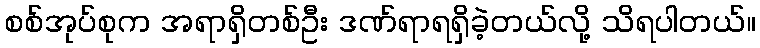
စစ်အုပ်စုက အရာရှိတစ်ဦး ဒဏ်ရာရရှိခဲ့တယ်လို့ သိရပါတယ်။